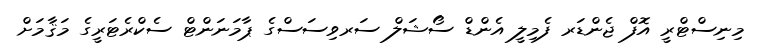
މިނިސްޓްރީ އޮފް ޖެންޑަރ ފެމިލީ އެންޑް ސޯޝަލް ސަރވިސަސްގެ ޕާމަނަންޓް ސެކްރެޓަރީގެ މަޤާމަށް